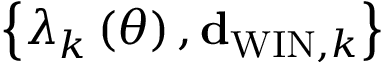
\left\{ \lambda _ { k } \left( \theta \right) , { \bf d } _ { \mathrm { W I N } , k } \right\}